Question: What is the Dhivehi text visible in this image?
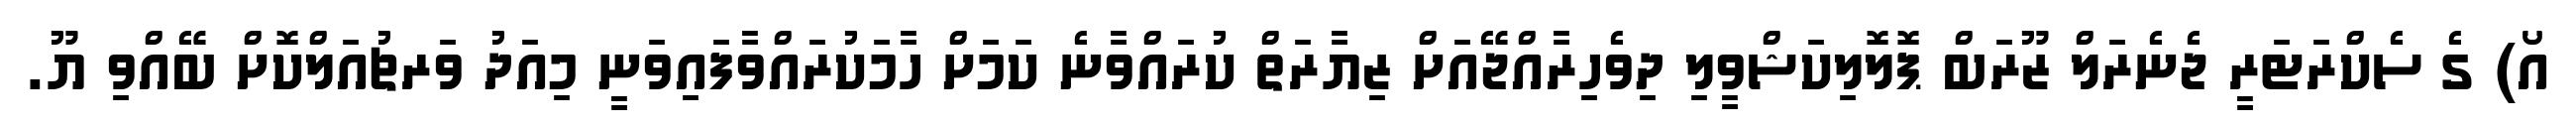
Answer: އޯ) ގެ ސެކްރަޓަރީ ޖެނެރަލް ޒޫރަބް ޕޮލޮލިކަޝްވީލި ދިވެހިރާއްޖޭއަށް ޒިޔާރަތް ކުރައްވާނެ ކަމަށް ހާމަކުރައްވާފައިވަނީ މިއަދު ވަރޗުއަލްކޮށް ބޭއްވި ޔޫ.